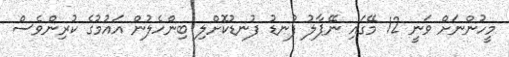
މީހުންނަށް ވަނީ 12 މޭގައި ނޭޕާލު ފުނޑު ފުނޑުކޮށްލި ބިންހެލުން އަައުމުގެ ކުރިންވެސް